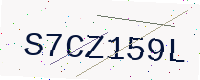
Text: S7CZ159L